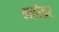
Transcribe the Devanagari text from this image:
ग्लोब्रर